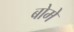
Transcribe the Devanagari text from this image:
बोमे